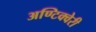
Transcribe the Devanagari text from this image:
अण्टिक्वेरी